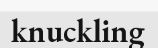
knuckling